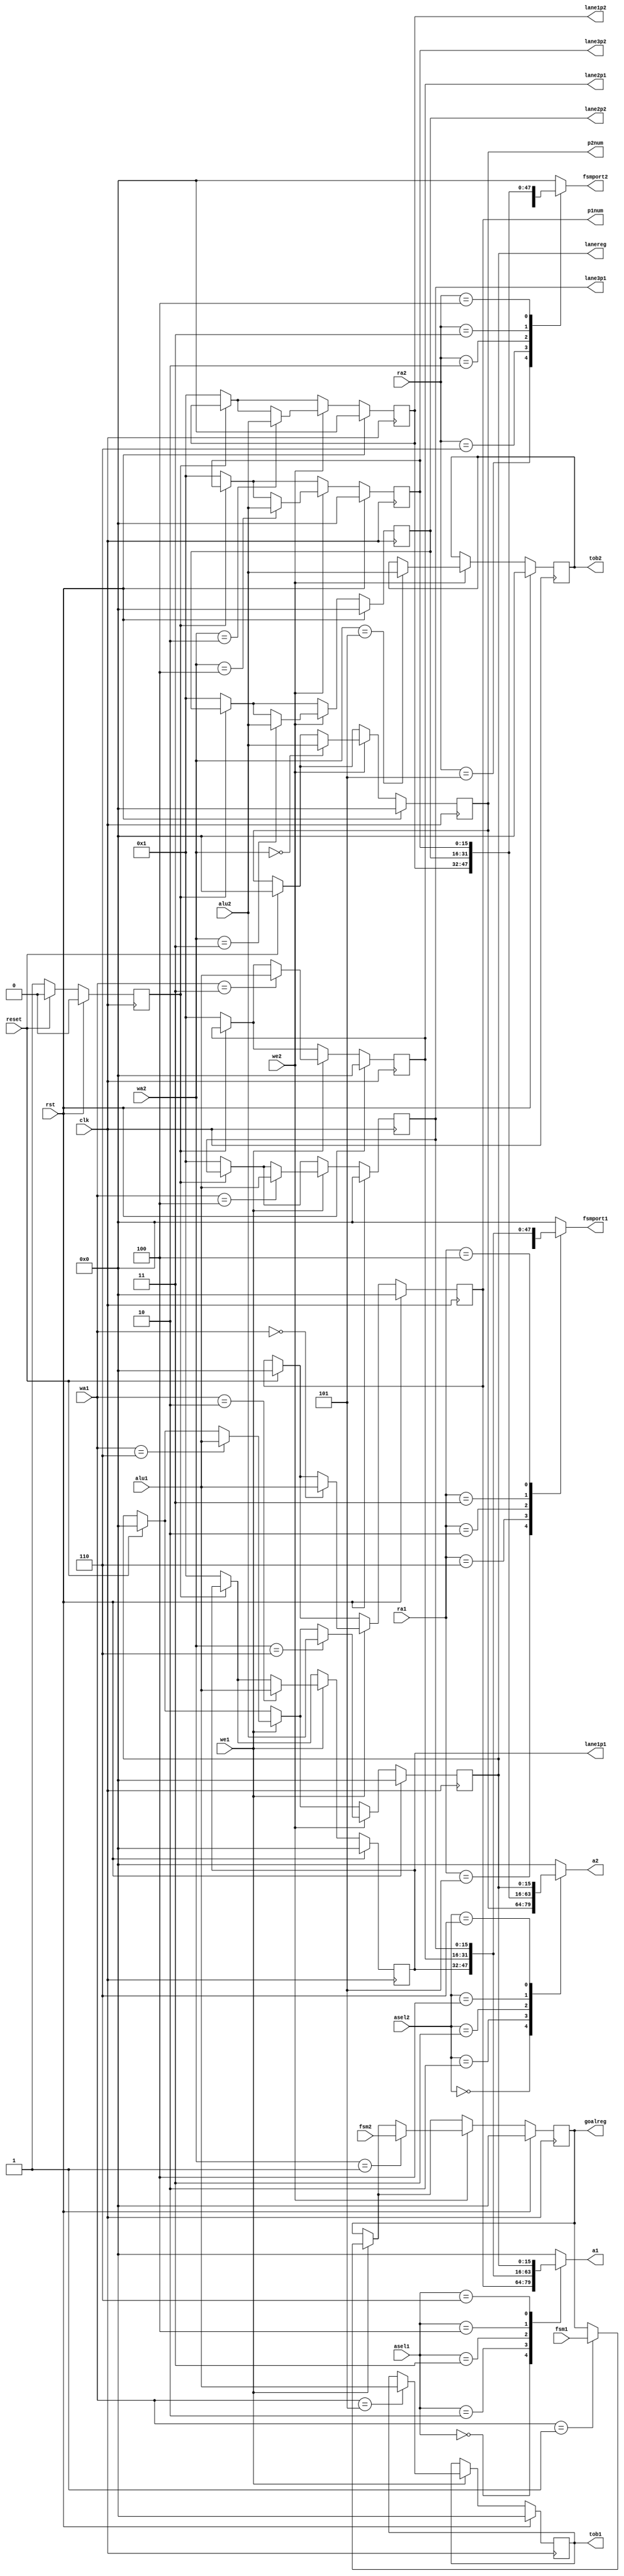
/*
   This file was generated automatically by the Mojo IDE version B1.3.6.
   Do not edit this file directly. Instead edit the original Lucid source.
   This is a temporary file and any changes made to it will be destroyed.
*/

module regfiles_8 (
    input clk,
    input rst,
    input [2:0] asel1,
    input [2:0] asel2,
    input [2:0] wa1,
    input [2:0] wa2,
    input we1,
    input we2,
    input [2:0] ra1,
    input [2:0] ra2,
    input reset,
    input [15:0] fsm1,
    input [15:0] fsm2,
    input [15:0] alu1,
    input [15:0] alu2,
    output reg [15:0] a1,
    output reg [15:0] a2,
    output reg [15:0] fsmport1,
    output reg [15:0] fsmport2,
    output reg [15:0] tob1,
    output reg [15:0] tob2,
    output reg [15:0] goalreg,
    output reg [15:0] lane1p1,
    output reg [15:0] lane2p1,
    output reg [15:0] lane3p1,
    output reg [15:0] lane1p2,
    output reg [15:0] lane2p2,
    output reg [15:0] lane3p2,
    output reg [15:0] p1num,
    output reg [15:0] p2num,
    output reg [15:0] lanereg
  );
  
  
  
  reg [15:0] M_r1_d, M_r1_q = 1'h0;
  reg [15:0] M_r2_d, M_r2_q = 1'h0;
  reg [15:0] M_r3_d, M_r3_q = 1'h0;
  reg [15:0] M_r4_d, M_r4_q = 1'h0;
  reg [15:0] M_r5_d, M_r5_q = 1'h0;
  reg [15:0] M_r6_d, M_r6_q = 1'h0;
  reg [15:0] M_r7_d, M_r7_q = 1'h0;
  reg [15:0] M_r8_d, M_r8_q = 1'h0;
  reg [15:0] M_r9_d, M_r9_q = 1'h0;
  reg [15:0] M_r10_d, M_r10_q = 1'h0;
  reg [15:0] M_r11_d, M_r11_q = 1'h0;
  reg [15:0] M_r12_d, M_r12_q = 1'h0;
  reg [0:0] M_x_d, M_x_q = 1'h0;
  
  always @* begin
    M_r12_d = M_r12_q;
    M_r11_d = M_r11_q;
    M_r10_d = M_r10_q;
    M_r6_d = M_r6_q;
    M_r7_d = M_r7_q;
    M_r8_d = M_r8_q;
    M_r9_d = M_r9_q;
    M_r1_d = M_r1_q;
    M_r2_d = M_r2_q;
    M_r3_d = M_r3_q;
    M_r4_d = M_r4_q;
    M_r5_d = M_r5_q;
    M_x_d = M_x_q;
    
    if (M_x_q == 1'h0) begin
      M_r4_d = 1'h1;
      M_r5_d = 1'h1;
      M_r6_d = 1'h1;
      M_r7_d = 1'h1;
      M_r8_d = 1'h1;
      M_r9_d = 1'h1;
      M_x_d = 1'h1;
    end
    if (reset == 1'h1) begin
      M_x_d = 1'h0;
      M_r10_d = 1'h0;
      M_r1_d = 1'h0;
      M_r2_d = 1'h0;
    end
    if (we1) begin
      
      case (wa1)
        3'h0: begin
          M_r1_d = alu1;
        end
        3'h1: begin
          M_r3_d = fsm1;
        end
        3'h2: begin
          M_r4_d = alu1;
        end
        3'h3: begin
          M_r5_d = alu1;
        end
        3'h4: begin
          M_r6_d = alu1;
        end
        3'h6: begin
          M_r10_d = alu1;
        end
        3'h5: begin
          M_r11_d = alu1;
        end
      endcase
    end
    if (we2) begin
      
      case (wa2)
        3'h0: begin
          M_r2_d = alu2;
        end
        3'h1: begin
          M_r3_d = fsm2;
        end
        3'h2: begin
          M_r7_d = alu2;
        end
        3'h3: begin
          M_r8_d = alu2;
        end
        3'h4: begin
          M_r9_d = alu2;
        end
        3'h6: begin
          M_r10_d = alu2;
        end
        3'h5: begin
          M_r12_d = alu2;
        end
      endcase
    end
    
    case (asel1)
      3'h0: begin
        a1 = M_r1_q;
      end
      3'h2: begin
        a1 = M_r4_q;
      end
      3'h3: begin
        a1 = M_r5_q;
      end
      3'h4: begin
        a1 = M_r6_q;
      end
      3'h6: begin
        a1 = M_r10_q;
      end
      default: begin
        a1 = 1'h0;
      end
    endcase
    
    case (asel2)
      3'h0: begin
        a2 = M_r2_q;
      end
      3'h2: begin
        a2 = M_r7_q;
      end
      3'h3: begin
        a2 = M_r8_q;
      end
      3'h4: begin
        a2 = M_r9_q;
      end
      3'h6: begin
        a2 = M_r10_q;
      end
      default: begin
        a2 = 1'h0;
      end
    endcase
    
    case (ra1)
      3'h5: begin
        fsmport1 = M_r11_q;
      end
      3'h6: begin
        fsmport1 = M_r10_q;
      end
      3'h2: begin
        fsmport1 = M_r4_q;
      end
      3'h3: begin
        fsmport1 = M_r5_q;
      end
      3'h4: begin
        fsmport1 = M_r6_q;
      end
      default: begin
        fsmport1 = 1'h0;
      end
    endcase
    
    case (ra2)
      3'h5: begin
        fsmport2 = M_r12_q;
      end
      3'h6: begin
        fsmport2 = M_r10_q;
      end
      3'h2: begin
        fsmport2 = M_r7_q;
      end
      3'h3: begin
        fsmport2 = M_r8_q;
      end
      3'h4: begin
        fsmport2 = M_r9_q;
      end
      default: begin
        fsmport2 = 1'h0;
      end
    endcase
    goalreg = M_r3_q;
    p1num = M_r1_q;
    p2num = M_r2_q;
    lane1p1 = M_r4_q;
    lane2p1 = M_r5_q;
    lane3p1 = M_r6_q;
    lane1p2 = M_r7_q;
    lane2p2 = M_r8_q;
    lane3p2 = M_r9_q;
    tob1 = M_r11_q;
    tob2 = M_r12_q;
    lanereg = M_r10_q;
  end
  
  always @(posedge clk) begin
    if (rst == 1'b1) begin
      M_r1_q <= 1'h0;
      M_r2_q <= 1'h0;
      M_r3_q <= 1'h0;
      M_r4_q <= 1'h0;
      M_r5_q <= 1'h0;
      M_r6_q <= 1'h0;
      M_r7_q <= 1'h0;
      M_r8_q <= 1'h0;
      M_r9_q <= 1'h0;
      M_r10_q <= 1'h0;
      M_r11_q <= 1'h0;
      M_r12_q <= 1'h0;
      M_x_q <= 1'h0;
    end else begin
      M_r1_q <= M_r1_d;
      M_r2_q <= M_r2_d;
      M_r3_q <= M_r3_d;
      M_r4_q <= M_r4_d;
      M_r5_q <= M_r5_d;
      M_r6_q <= M_r6_d;
      M_r7_q <= M_r7_d;
      M_r8_q <= M_r8_d;
      M_r9_q <= M_r9_d;
      M_r10_q <= M_r10_d;
      M_r11_q <= M_r11_d;
      M_r12_q <= M_r12_d;
      M_x_q <= M_x_d;
    end
  end
  
endmodule